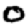
Digit: 0